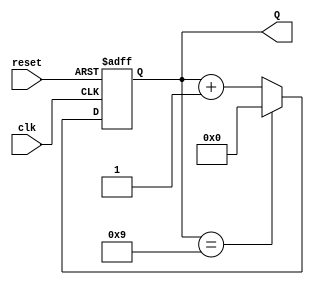
module decade_counter (
    input wire clk,       // Clock input
    input wire reset,     // Asynchronous reset input
    output reg [3:0] Q    // 4-bit output representing the current count
);

// Always block triggered on the clock's rising edge
always @(posedge clk or posedge reset) begin
    // Check for reset condition
    if (reset) begin
        Q <= 4'b0000; // Reset count to 0
    end else begin
        // Check if count has reached 9 (1001 in binary)
        if (Q == 4'b1001) begin
            Q <= 4'b0000; // Reset count to 0 after count reaches 9
        end else begin
            Q <= Q + 1'b1; // Increment count
        end
    end
end

endmodule